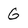
Character: G